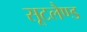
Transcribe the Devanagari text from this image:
सूटलैण्ड